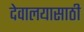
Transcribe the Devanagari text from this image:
देवालयासाठी